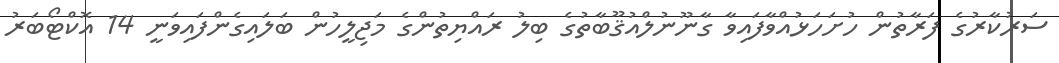
ސަރުކާރުގެ ފަރާތުން ހުށަހަޅުއްވާފައިވާ ގާނޫނުލްއުޤޫބާތުގެ ބިލު ރައްޔިތުންގެ މަޖިލީހުން ބަލައިގެންފައިވަނީ 14 އޮކްޓޯބަރު